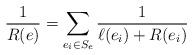
LaTeX: \begin{align*}{1\over R(e)}=\sum_{e_i \in S_e}{1\over \ell(e_i)+R(e_i)}\end{align*}